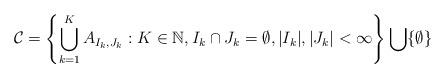
LaTeX: \begin{align*} \mathcal C=\left\{\bigcup_{k=1}^K A_{I_k,J_k}: K\in\mathbb N,I_k\cap J_k=\emptyset,|I_k|,|J_k|<\infty \right\}\bigcup \{\emptyset\}\end{align*}